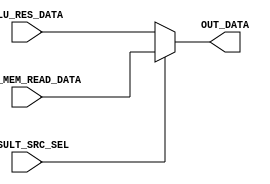
module REGISTER_WRITE_DATA_SELECTOR(
	input RESULT_SRC_SEL,
	input [31:0] ALU_RES_DATA,
	input [31:0] DATA_MEM_READ_DATA,
	output [31:0] OUT_DATA
);

assign OUT_DATA = (RESULT_SRC_SEL == 1'b0) ?
	ALU_RES_DATA :
	DATA_MEM_READ_DATA;

endmodule